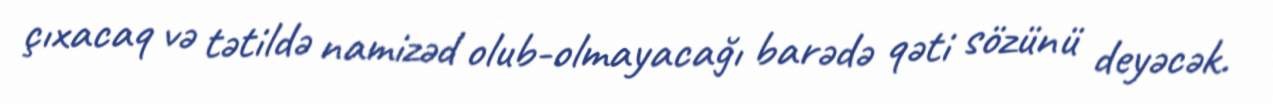
çıxacaq və tətildə namizəd olub-olmayacağı barədə qəti sözünü deyəcək.